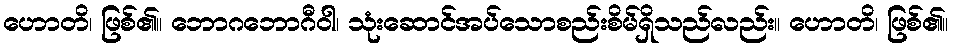
ဟောတိ၊ ဖြစ်၏။ ဘောဂဘောဂီဝါ၊ သုံးဆောင်အပ်သောစည်းစိမ်ရှိသည်လည်း။ ဟောတိ၊ ဖြစ်၏။